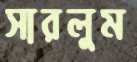
সারলুম